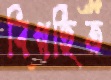
বিগর্হিত